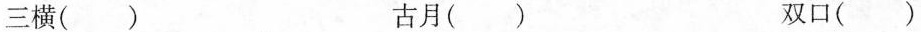
三横() 古月() 双口()